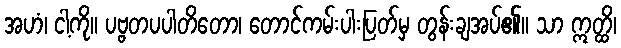
အဟံ၊ ငါ့ကို။ ပဗ္ဗတပပါတိတော၊ တောင်ကမ်းပါးပြတ်မှ တွန်းချအပ်၏။ သာ ဣတ္ထိ၊